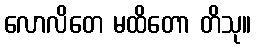
လောလိတေ မထိတော တိသု။